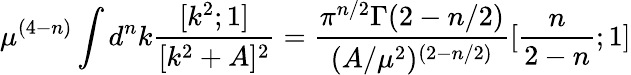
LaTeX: \mu^{(4-n)}\int d^{n}k\frac{[k^{2};1]}{[k^{2}+A]^{2}}=\frac{\pi^{n/2}\Gamma(2-n/2)}{(A/\mu^{2})^{(2-n/2)}}[\frac{n}{2-n};1]